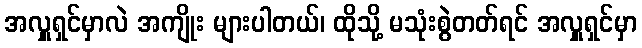
အလှူရှင်မှာလဲ အကျိုး များပါတယ်၊ ထိုသို့ မသုံးစွဲတတ်ရင် အလှူရှင်မှာ